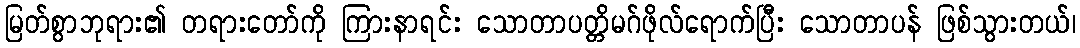
မြတ်စွာဘုရား၏ တရားတော်ကို ကြားနာရင်း သောတာပတ္တိမဂ်ဖိုလ်ရောက်ပြီး သောတာပန် ဖြစ်သွားတယ်၊